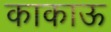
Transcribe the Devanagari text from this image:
काकाऊ